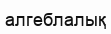
алгеблалық